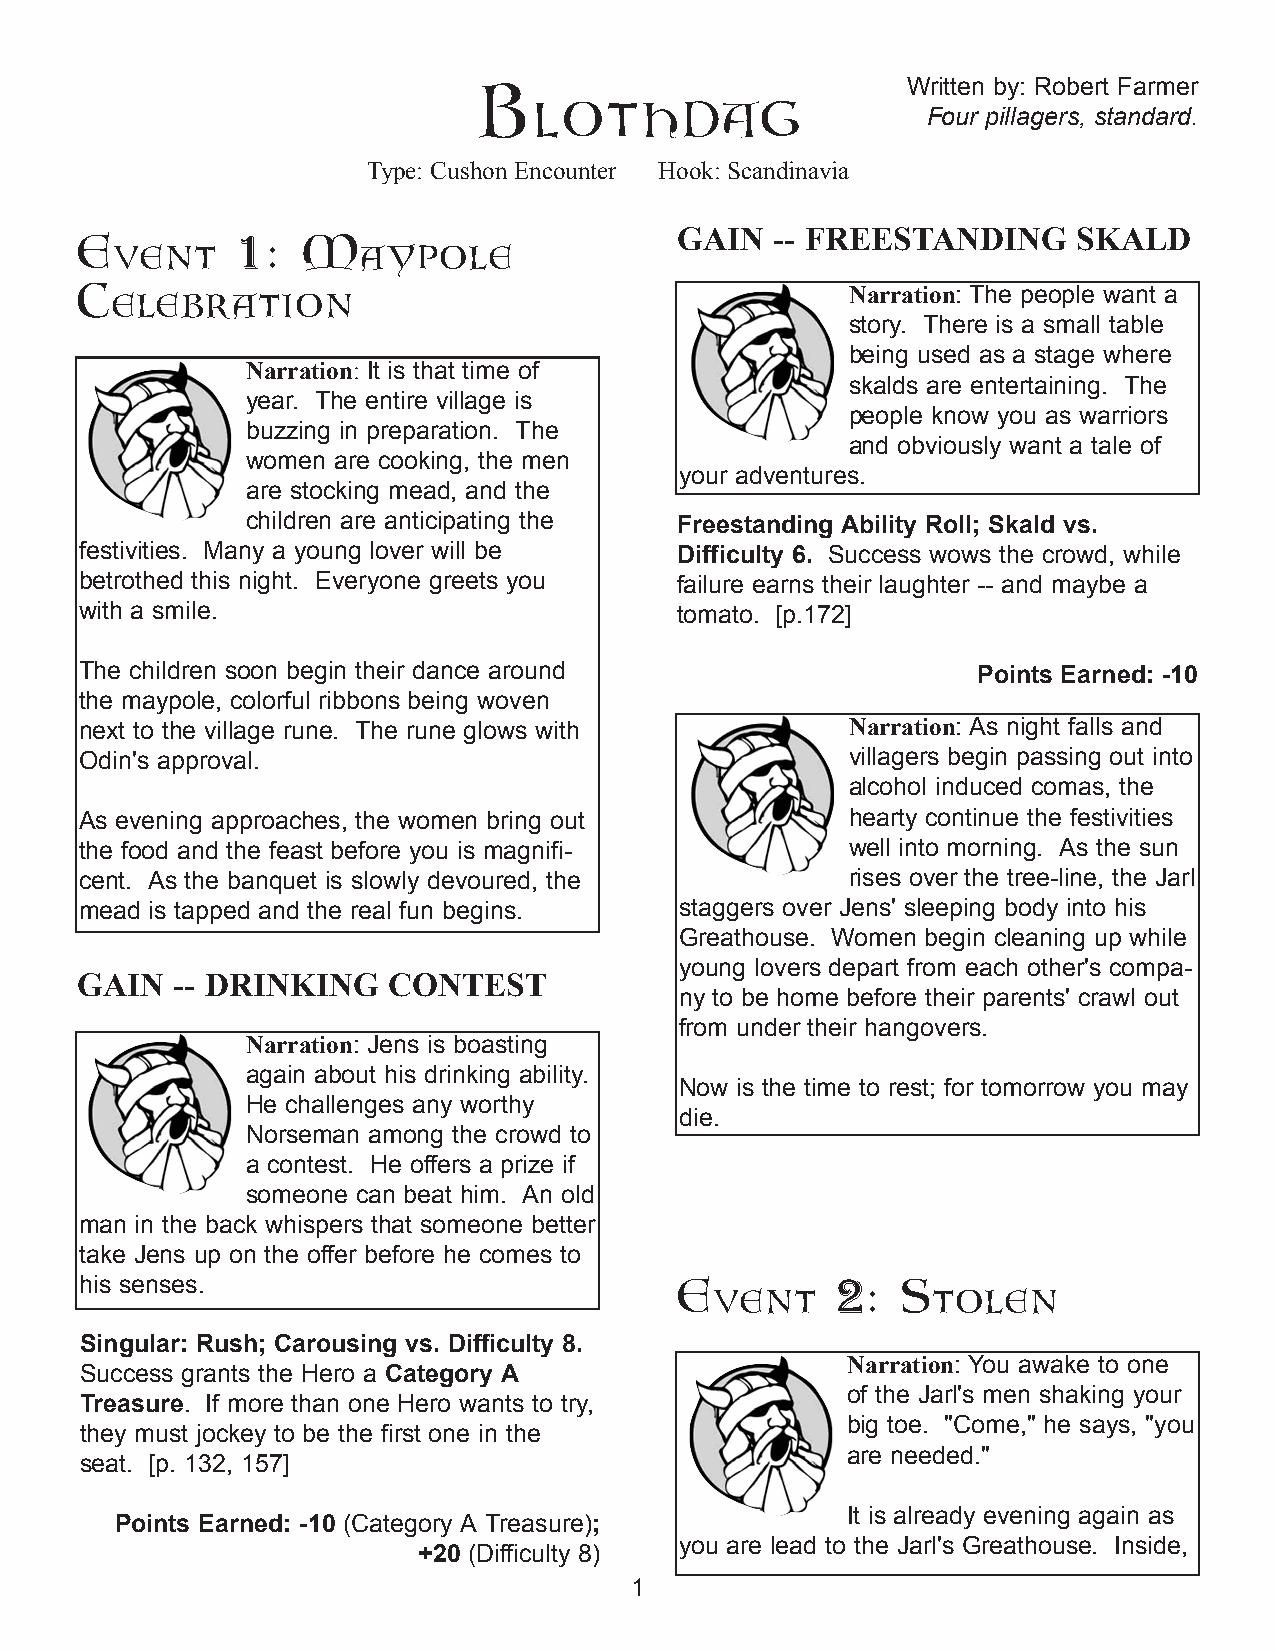
Blothdag                     Written by: Robert Farmer
 Four pillagers, standard.
 Type: Cushon Encounter Hook:Scandinavia
 GAIN  -- FREESTANDING     SKALD
 Event      1:  Maypole
 Celebration                                        Narration: The people want a
 story. There is a small table
 being used as a stage where
 Narration: It is that time of
 skalds are entertaining. The
 year. The entire village is
 people know you as warriors
 buzzing in preparation. The
 and obviously want a tale of
 women are cooking, the men
 your adventures.
 are stocking mead, and the
 children are anticipating the Freestanding Ability Roll; Skald vs.
 festivities. Many a young lover will be Difficulty 6. Success wows the crowd, while
 betrothed this night. Everyone greets you failure earns their laughter -- and maybe a
 with a smile.                           tomato. [p.172]
 The children soon begin their dance around                  Points Earned: -10
 the maypole, colorful ribbons being woven
 next to the village rune. The rune glows with      Narration: As night falls and
 Odin's approval.                                   villagers begin passing out into
 alcohol induced comas, the
 As evening approaches, the women bring out         hearty continue the festivities
 the food and the feast before you is magnifi-      well into morning. As the sun
 cent. As the banquet is slowly devoured, the       rises over the tree-line, the Jarl
 mead is tapped and the real fun begins. staggers over Jens' sleeping body into his
 Greathouse. Women begin cleaning up while
 young lovers depart from each other's compa-
 GAIN  -- DRINKING    CONTEST
 ny to be home before their parents' crawl out
 from under their hangovers.
 Narration: Jens is boasting
 again about his drinking ability.
 Now is the time to rest; for tomorrow you may
 He challenges any worthy
 die.
 Norseman among the crowd to
 a contest. He offers a prize if
 someone can beat him. An old
 man in the back whispers that someone better
 take Jens up on the offer before he comes to
 his senses.                             Event     2:   Stolen
 Singular: Rush; Carousing vs. Difficulty 8.
 Narration: You awake to one
 Success grants the Hero a Category A
 of the Jarl's men shaking your
 Treasure. If more than one Hero wants to try,
 big toe. "Come," he says, "you
 they must jockey to be the first one in the
 are needed."
 seat. [p. 132, 157]
 It is already evening again as
 Points Earned: -10 (Category A Treasure);
 you are lead to the Jarl's Greathouse. Inside,
 +20 (Difficulty 8)
 1